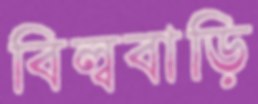
বিল্ববাড়ি